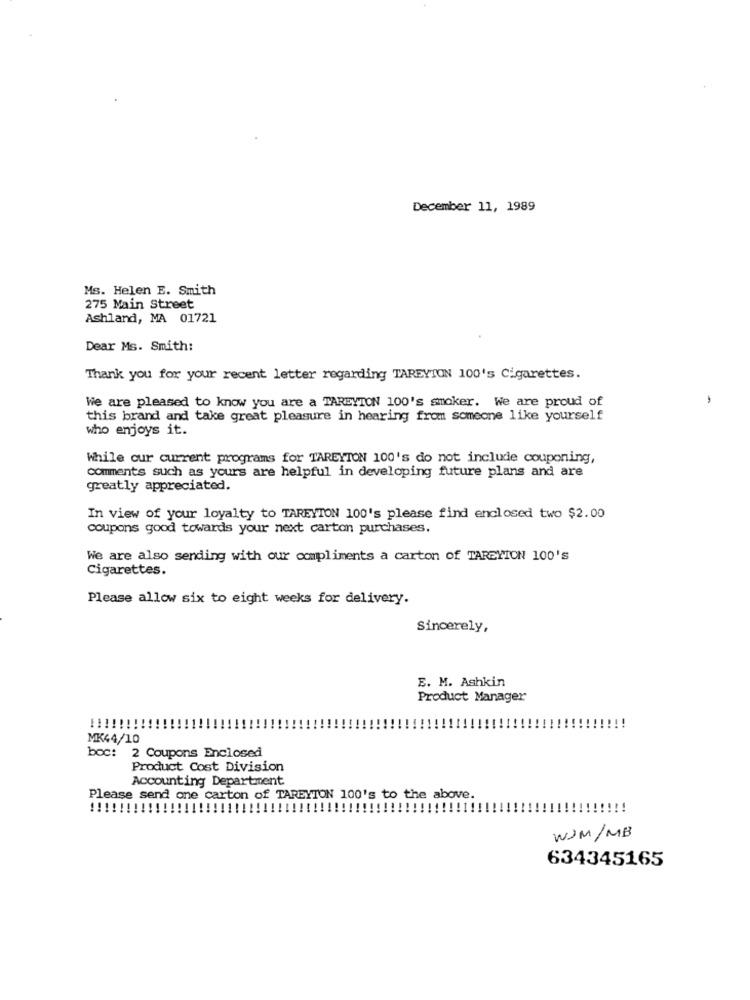
December 11, 1989
Ms. Helen E. Smith
275 Main Street
Ashland, MA 01721
Dear Ms. Smith:
Thank you for your recent letter regarding TAREYTON 100's Cigarettes.
We are pleased to know you are a TAREYTON 100's smoker. We are proud of
this brand and take great pleasure in hearing from someone like yourself
who enjoys it.
While our current programs for TAREYTON 100's do not include couponing,
Comments such as yours are helpful in developing future plans and are
greatly appreciated.
In view of your loyalty to TAREYTON 100's please find enclosed two $2.00
coupons good towards your next carton purchases.
We are also sending with our compliments a carton of TAREYION 100'S
Cigarettes.
Please allow six to eight weeks for delivery.
Sincerely,
E. M. Ashkin
Product Manager
!!!!!!!!
!!
MK44/10
boc: 2 Coupons Enclosed
Product Cost Division
Accounting Department
Please send one carton of TAREYTON 100's to the above.
WIM/MB
634345165